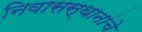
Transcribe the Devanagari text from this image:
निवासस्थानांचे